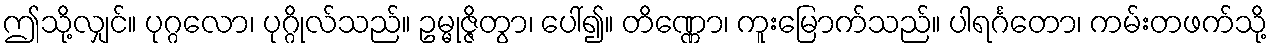
ဤသို့လျှင်။ ပုဂ္ဂလော၊ ပုဂ္ဂိုလ်သည်။ ဥမ္မုဇ္ဇိတွာ၊ ပေါ်၍။ တိဏ္ဏော၊ ကူးမြောက်သည်။ ပါရင်္ဂတော၊ ကမ်းတဖက်သို့